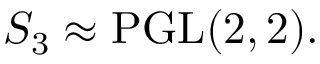
S _ { 3 } \approx \mathrm { P G L } ( 2 , 2 ) .